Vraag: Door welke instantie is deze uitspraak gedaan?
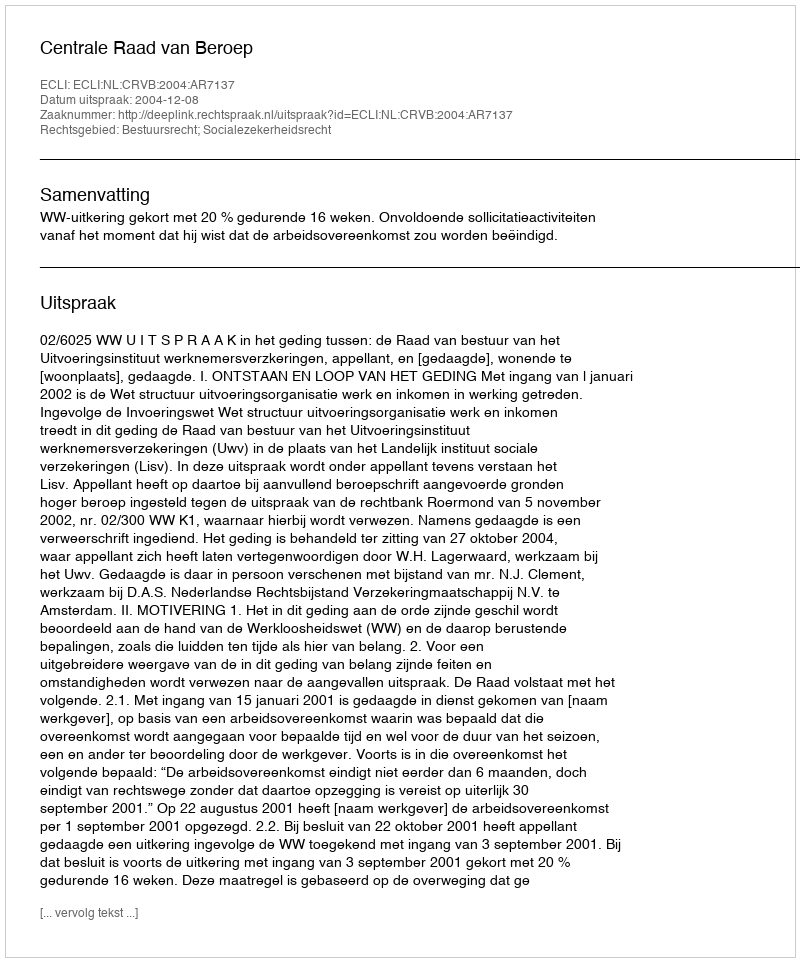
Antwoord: Centrale Raad van Beroep